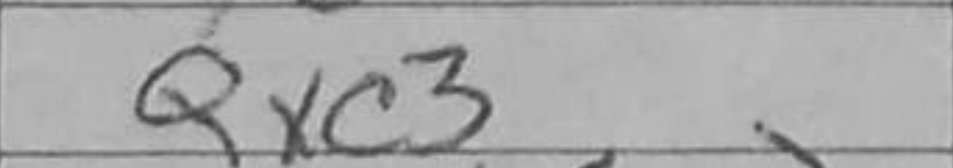
Transcription: Qxc3